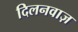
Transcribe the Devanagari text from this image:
दिलनवाज़